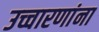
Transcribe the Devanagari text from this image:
उच्चारणांना